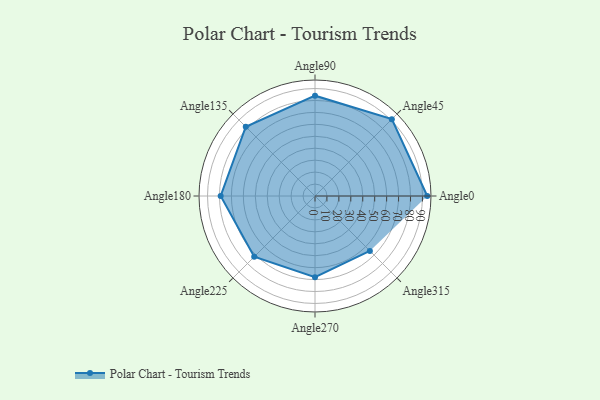
{"axis": {"x": "Angle", "y": "Radius"}, "legend": [""], "data": [{"x": "Angle0", "y": 94.0, "type": ""}, {"x": "Angle45", "y": 91.0, "type": ""}, {"x": "Angle90", "y": 84.0, "type": ""}, {"x": "Angle135", "y": 82.0, "type": ""}, {"x": "Angle180", "y": 79.0, "type": ""}, {"x": "Angle225", "y": 72.0, "type": ""}, {"x": "Angle270", "y": 68.0, "type": ""}, {"x": "Angle315", "y": 65.0, "type": ""}]}